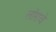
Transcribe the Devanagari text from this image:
लॉराचे